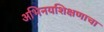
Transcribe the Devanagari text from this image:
अभिनयशिक्षणाचा